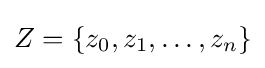
Z=\{z_{0},z_{1},\dots ,z_{n}\}